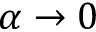
\alpha \to 0